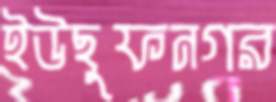
ইউছুফনগর